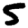
Digit: 5